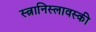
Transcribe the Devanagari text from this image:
स्त्नानिस्लावस्की